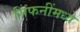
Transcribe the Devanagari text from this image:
सिंफनींमध्ये